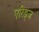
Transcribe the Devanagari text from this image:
एरिड्‌ज